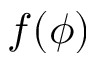
f ( \phi )